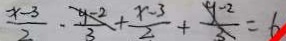
\frac { x - 3 } { 2 } - \frac { y - 2 } { 3 } + \frac { x - 3 } { 2 } + \frac { y - 2 } { 3 } = 6